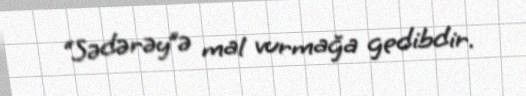
“Sədərəy”ə mal vurmağa gedibdir.